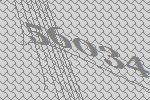
56034